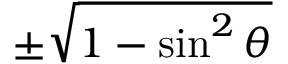
\pm { \sqrt { 1 - \sin ^ { 2 } \theta } }